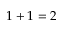
1 + 1 = 2